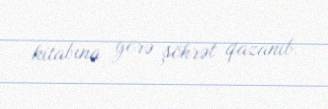
kitabına görə şöhrət qazanıb.